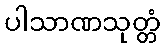
ပါသာဏသုတ္တံ